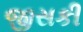
જીસકી